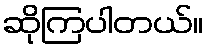
ဆိုကြပါတယ်။